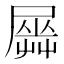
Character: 𡳡